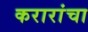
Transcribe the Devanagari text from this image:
करारांचा